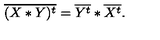
\overline { { ( X * Y ) ^ { t } } } = \overline { { Y ^ { t } } } * \overline { { X ^ { t } } } .